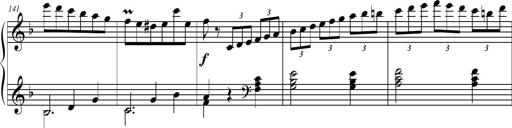
Title: 2 Sonatines faciles et brillantes pour le piano-forte seul
Composer: Carl Czerny